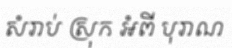
សំរាប់ ស្រុក អំពី បុរាណ